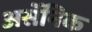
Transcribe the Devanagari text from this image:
अर्सेनिक